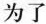
为了